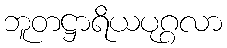
ဘူတဋ္ဌာရိယပုဂ္ဂလာ